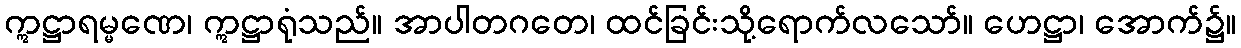
ဣဋ္ဌာရမ္မဏေ၊ ဣဋ္ဌာရုံသည်။ အာပါတဂတေ၊ ထင်ခြင်းသို့ရောက်လသော်။ ဟေဋ္ဌာ၊ အောက်၌။